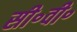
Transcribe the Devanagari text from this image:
सी॰वी॰